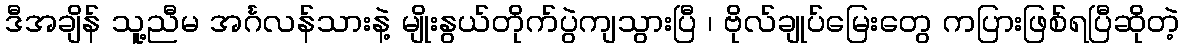
ဒီအချိန် သူ့ညီမ အင်္ဂလန်သားနဲ့ မျိုးနွယ်တိုက်ပွဲကျသွားပြီ ၊ ဗိုလ်ချုပ်မြေးတွေ ကပြားဖြစ်ရပြီဆိုတဲ့